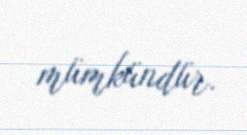
mümkündür.